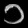
Digit: ၁